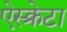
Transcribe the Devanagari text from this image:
ऐस्क्रेटा